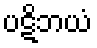
ပဋိဘယံ